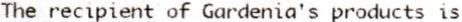
THE RECIPIENT OF GARDENIA'S PRODUCTS IS